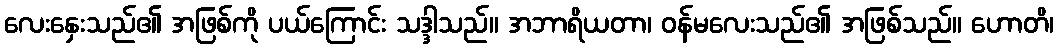
လေးနှေးသည်၏ အဖြစ်ကို ပယ်ကြောင်း သဒ္ဒါသည်။ အဘာရိယတာ၊ ဝန်မလေးသည်၏ အဖြစ်သည်။ ဟောတိ၊